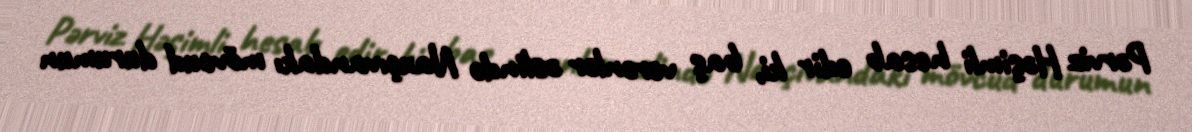
Pərviz Həşimli hesab edir ki, baş verənlər əslində Naxçıvandakı mövcud durumun